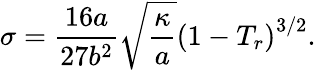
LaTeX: \sigma=\frac{16a}{27b^{2}}\sqrt{\frac{\kappa}{a}}{\left(1-T_{r}\right)}^{3/2}.